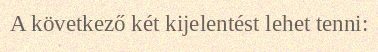
A következő két kijelentést lehet tenni: